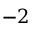
- 2